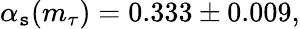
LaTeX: \alpha_{\mathtt{s}}(m_{\tau})=0.333\pm0.009,